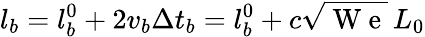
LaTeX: l_{b}=l_{b}^{0}+2v_{b}\Delta t_{b}=l_{b}^{0}+c\sqrt{\mathrm{~W~e~}}\, L_{0}